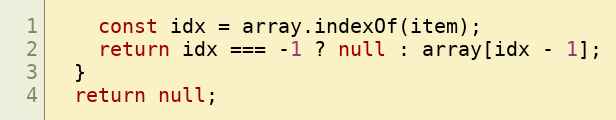
Language: JavaScript
    const idx = array.indexOf(item);
    return idx === -1 ? null : array[idx - 1];
  }
  return null;